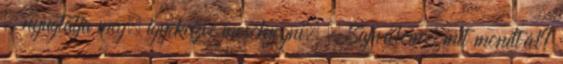
– nyugtatja meg, igyekezve mosolyogni. – Sajnálom, mit mondtál?